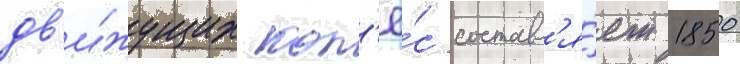
дв'и́жущих кол'ё́с составл'я́ет 1850